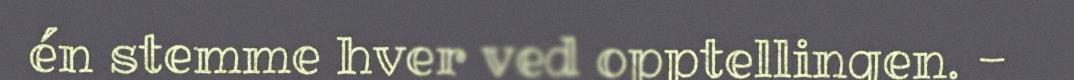
én stemme hver ved opptellingen. -